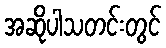
အဆိုပါသတင်းတွင်